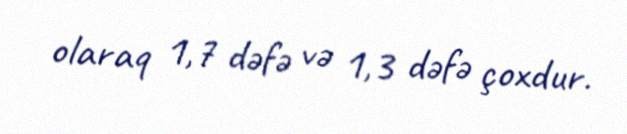
olaraq 1,7 dəfə və 1,3 dəfə çoxdur.